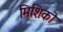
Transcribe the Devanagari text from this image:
मिशिको